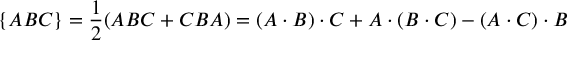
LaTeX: \{ A B C \} = \frac { 1 } { 2 } ( A B C + C B A ) = ( A \cdot B ) \cdot C + A \cdot ( B \cdot C ) - ( A \cdot C ) \cdot B